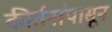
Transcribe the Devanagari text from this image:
कीर्तनांपासून